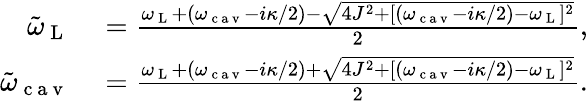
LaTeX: \begin{array}{rl}{\tilde{\omega}_{\mathrm{~L~}}}&{{}=\frac{\omega_{\mathrm{~L~}}+(\omega_{\mathrm{~c~a~v~}}-i\kappa/2)-\sqrt{4J^{2}+[(\omega_{\mathrm{~c~a~v~}}-i\kappa/2)-\omega_{\mathrm{~L~}}]^{2}}}{2},}\\ {\tilde{\omega}_{\mathrm{~c~a~v~}}}&{{}=\frac{\omega_{\mathrm{~L~}}+(\omega_{\mathrm{~c~a~v~}}-i\kappa/2)+\sqrt{4J^{2}+[(\omega_{\mathrm{~c~a~v~}}-i\kappa/2)-\omega_{\mathrm{~L~}}]^{2}}}{2}.}\end{array}